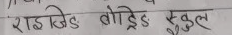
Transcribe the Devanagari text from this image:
राइजिङ्ग बोडिङ्ग स्कुल